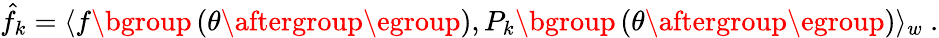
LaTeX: \hat{f}_{k}=\langle f\mathopen{}\mathclose\bgroup\left(\theta\aftergroup\egroup\right),P_{k}\mathopen{}\mathclose\bgroup\left(\theta\aftergroup\egroup\right)\rangle_{w}~.